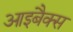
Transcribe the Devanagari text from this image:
आइबैक्स